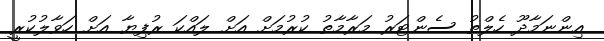
އިންނަމާދޫ ހެލްތު ސެންޓަރު މަރާމާތު ކުރުމަށް އަށް ލައްކަ ރުފިޔާ އަށް ހަވާލުކުރީ